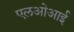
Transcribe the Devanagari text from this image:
एलओआई